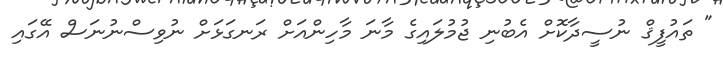
" ތައުފީޤް ނުސީދާކޮށް އެބުނި ޖުމުލައިގެ މާނަ މާހިންއަށް ރަނގަޅަށް ނުވިސްނުނަސް އޭގައި